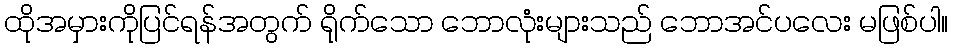
ထိုအမှားကိုပြင်ရန်အတွက် ရိုက်သော ဘောလုံးများသည် ဘောအင်ပလေး မဖြစ်ပါ။